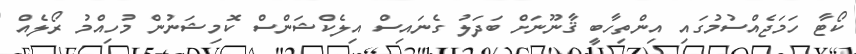
ކޯޓާ ހަމަޖެއްސުމުގައި އިންތިހާބީ ޤާނޫނަށް ބަދަލު ގެނައިސް އިލެކްޝަންސް ކޮމިޝަނުން މުހިއްމު ރޯލެއް